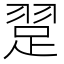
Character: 𬚃